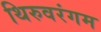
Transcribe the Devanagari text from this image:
थिरुवरंगम